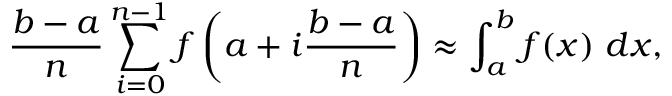
{ \frac { b - a } { n } } \sum _ { i = 0 } ^ { n - 1 } f \left( a + i { \frac { b - a } { n } } \right) \approx \int _ { a } ^ { b } f ( x ) \ d x ,